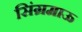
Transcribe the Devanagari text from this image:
सिंग्रमाऊ